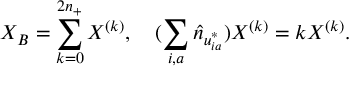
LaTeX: X _ { B } = \sum _ { k = 0 } ^ { 2 n _ { + } } X ^ { ( k ) } , \quad ( \sum _ { i , a } \hat { n } _ { u _ { i a } ^ { * } } ) X ^ { ( k ) } = k X ^ { ( k ) } .